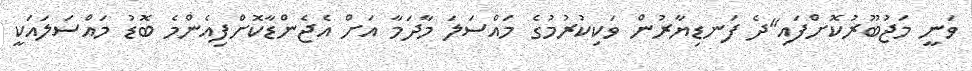
ވަނީ މަޖުބޫރުކޮށްފައި"ދެ ފަނޑިޔާރުން ވަކިކުރުމުގެ މައްސަލަ މާދަމާ އަށް އެޖެންޑާކޮށްފިއެންމެ ބޮޑު މައްސަލައަކީ